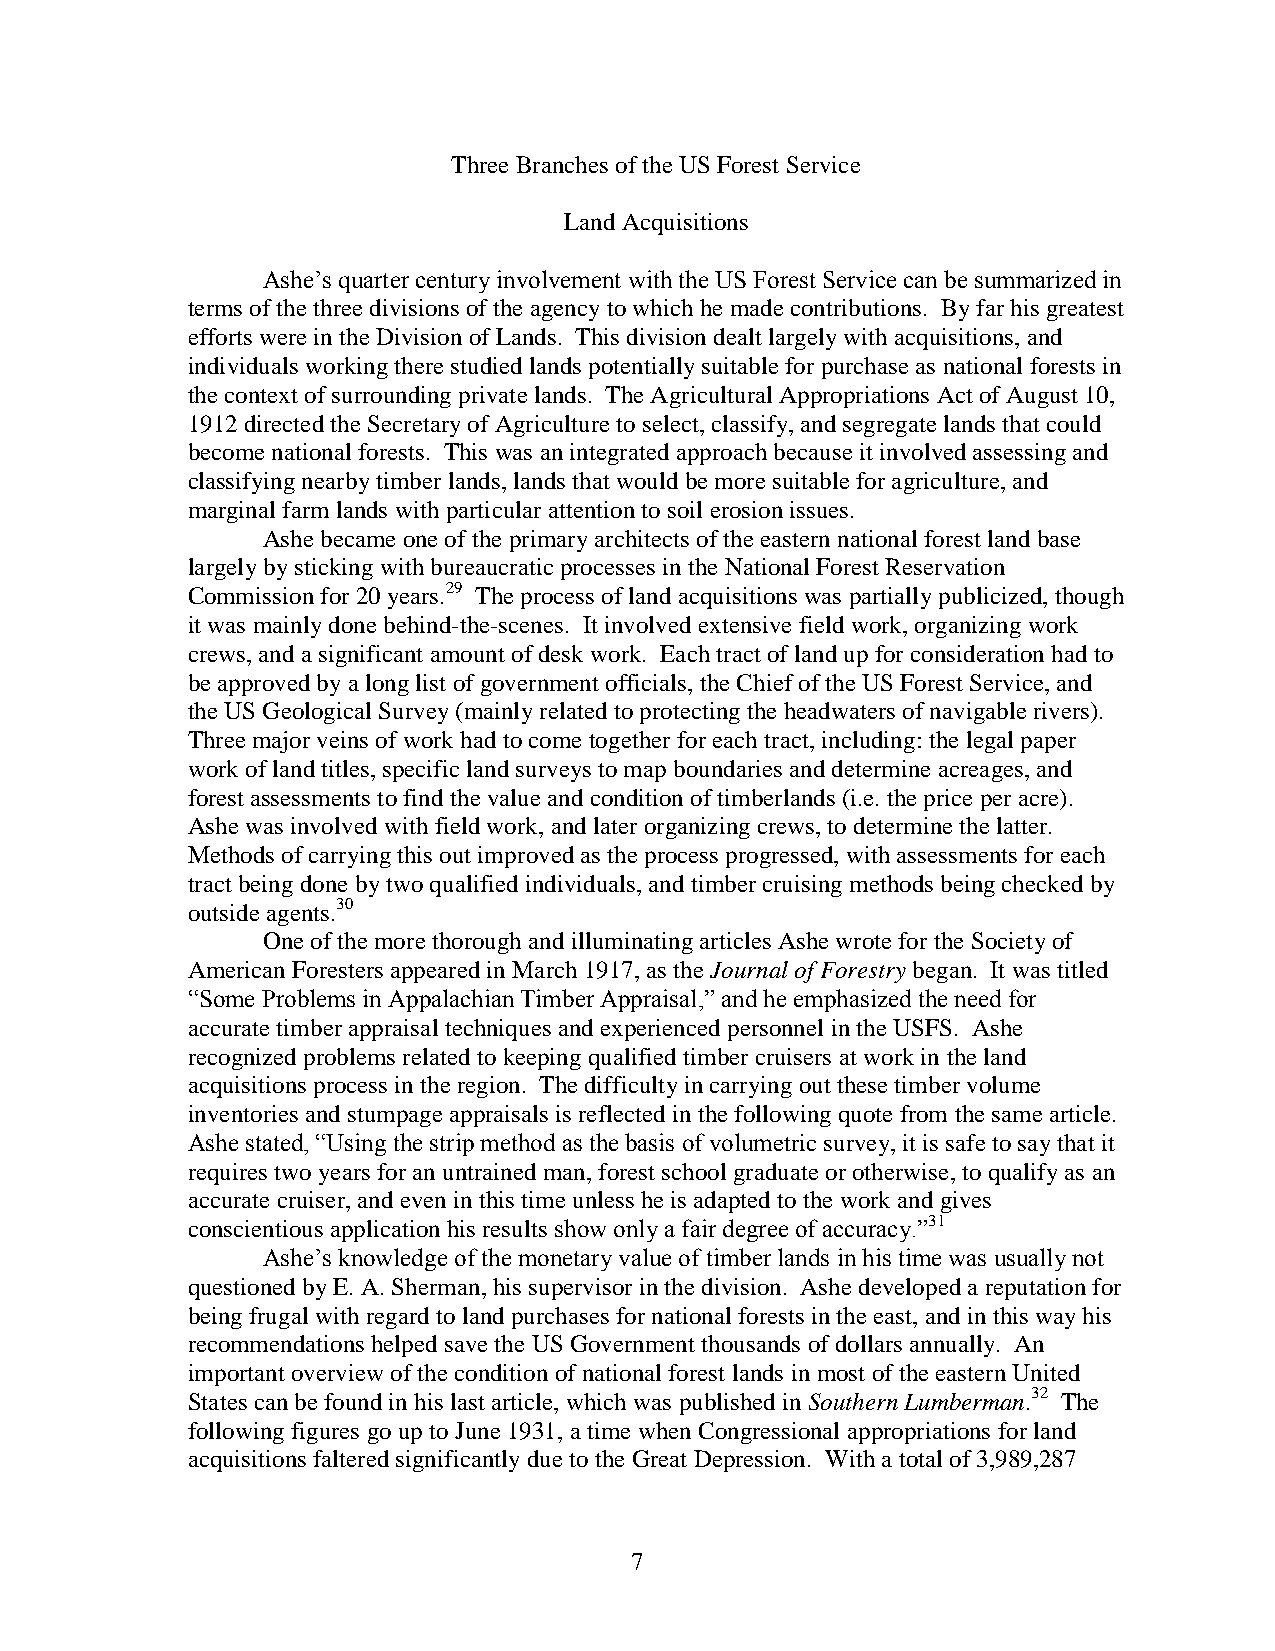
Three Branches of the US Forest Service
 Land Acquisitions
 Ashe’s quarter century involvement with the US Forest Service can be summarized in
 terms of the three divisions of the agency to which he made contributions. By far his greatest
 efforts were in the Division of Lands. This division dealt largely with acquisitions, and
 individuals working there studied lands potentially suitable for purchase as national forests in
 the context of surrounding private lands. The Agricultural Appropriations Act of August 10,
 1912 directed the Secretary of Agriculture to select, classify, and segregate lands that could
 become national forests. This was an integrated approach because it involved assessing and
 classifying nearby timber lands, lands that would be more suitable for agriculture, and
 marginal farm lands with particular attention to soil erosion issues.
 Ashe became one of the primary architects of the eastern national forest land base
 largely by sticking with bureaucratic processes in the National Forest Reservation
 Commission for 20 years.29 The process of land acquisitions was partially publicized, though
 it was mainly done behind-the-scenes. It involved extensive field work, organizing work
 crews, and a significant amount of desk work. Each tract of land up for consideration had to
 be approved by a long list of government officials, the Chief of the US Forest Service, and
 the US Geological Survey (mainly related to protecting the headwaters of navigable rivers).
 Three major veins of work had to come together for each tract, including: the legal paper
 work of land titles, specific land surveys to map boundaries and determine acreages, and
 forest assessments to find the value and condition of timberlands (i.e. the price per acre).
 Ashe was involved with field work, and later organizing crews, to determine the latter.
 Methods of carrying this out improved as the process progressed, with assessments for each
 tract being done by two qualified individuals, and timber cruising methods being checked by
 outside agents.30
 One of the more thorough and illuminating articles Ashe wrote for the Society of
 American Foresters appeared in March 1917, as the Journal of Forestry began. It was titled
 “Some Problems in Appalachian Timber Appraisal,” and he emphasized the need for
 accurate timber appraisal techniques and experienced personnel in the USFS. Ashe
 recognized problems related to keeping qualified timber cruisers at work in the land
 acquisitions process in the region. The difficulty in carrying out these timber volume
 inventories and stumpage appraisals is reflected in the following quote from the same article.
 Ashe stated, “Using the strip method as the basis of volumetric survey, it is safe to say that it
 requires two years for an untrained man, forest school graduate or otherwise, to qualify as an
 accurate cruiser, and even in this time unless he is adapted to the work and gives
 conscientious application his results show only a fair degree of accuracy.”31
 Ashe’s knowledge of the monetary value of timber lands in his time was usually not
 questioned by E. A. Sherman, his supervisor in the division. Ashe developed a reputation for
 being frugal with regard to land purchases for national forests in the east, and in this way his
 recommendations helped save the US Government thousands of dollars annually. An
 important overview of the condition of national forest lands in most of the eastern United
 States can be found in his last article, which was published in Southern Lumberman.32 The
 following figures go up to June 1931, a time when Congressional appropriations for land
 acquisitions faltered significantly due to the Great Depression. With a total of 3,989,287
 7